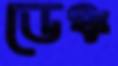
ডেঞ্চ